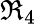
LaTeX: \Re_{4}